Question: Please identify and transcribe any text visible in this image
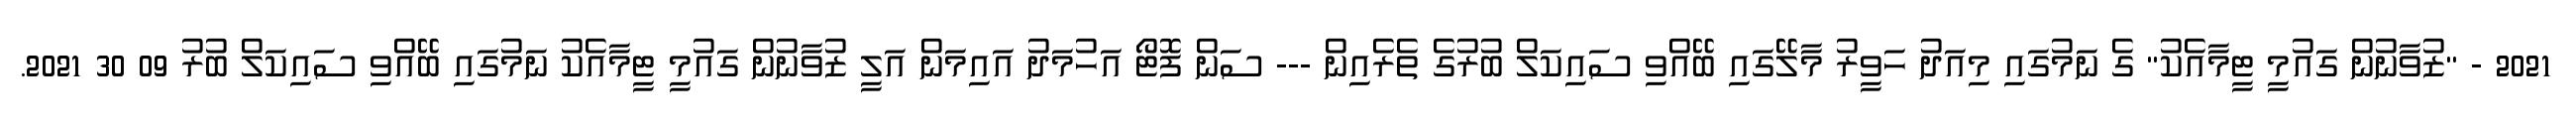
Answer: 2021 - "ޒުވާނުން ގައުމީ ޓީމާއެކު" ގެ ނަމުގައި މިއަދު ހަވީރު މާލޭގައި ބޭއްވި ސައިކަލް ބުރުގެ ތެރެއިން --- ސަން ފޮޓޯ އަހުމަދު އައިމަން އަލީ ޒުވާނުން ގައުމީ ޓީމާއެކު ނަމުގައި ބޭއްވި ސައިކަލް ބުރު 09 30 2021.